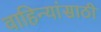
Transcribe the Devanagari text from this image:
वाहिन्यांसाठी